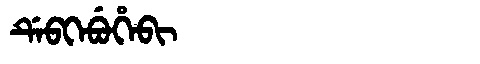
Manchu: ᡩᡝᠪᡴᡝᠪᡠᡥᡝᠪᡳ
Romanization: DEBKEBUHEBI